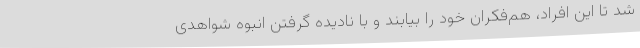
شد تا این افراد، هم‌فکران خود را بیابند و با نادیده گرفتن انبوه شواهدی